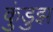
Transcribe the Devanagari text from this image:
कुंडुझ